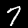
Digit: 7